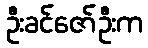
ဦးခင်ဇော်ဦးက